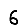
Digit: 6